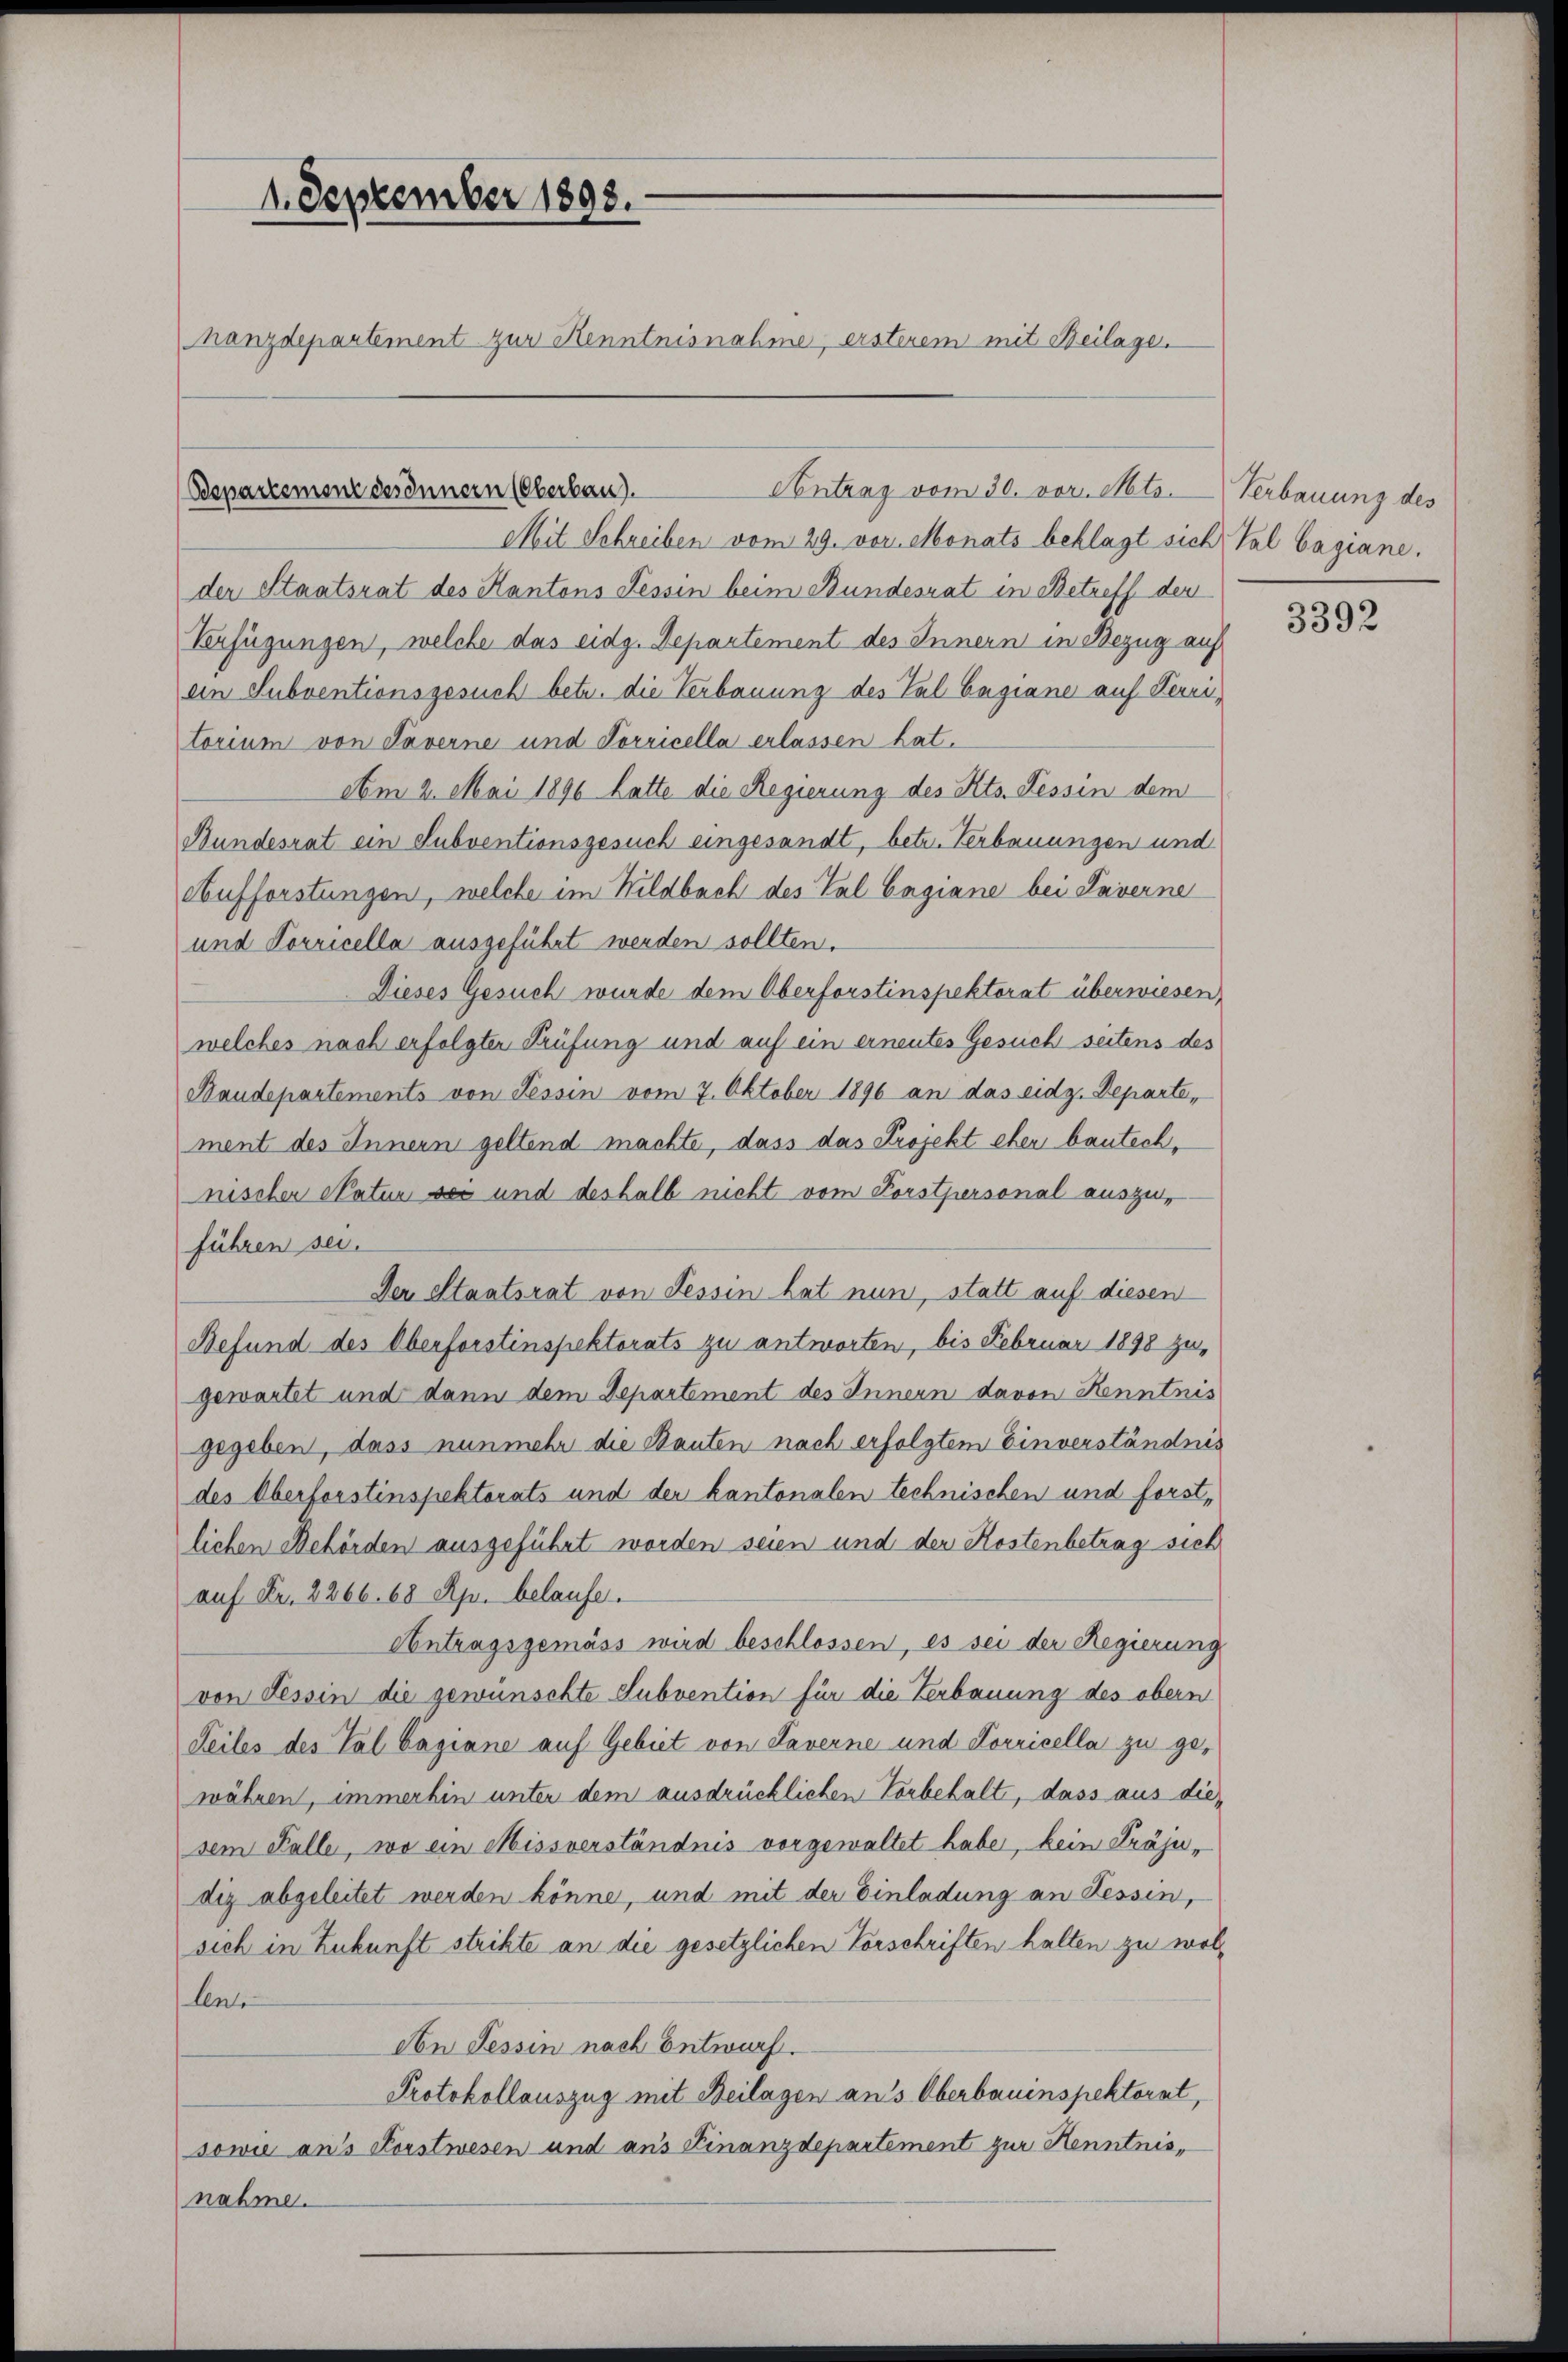
1. September 1893.
hanzdepartement zur Kenntnisnahme, ersterem mit Beilage.

Mit Schreiben vom 29. vor. Monats beklagt sich Tal bagiane.
der Staatsrat des Kantons Tessin beim Bundesrat in Betreff den
Verfügungen, welche das eidg. Departement des Innern in Bezug auf
ein Subventionsgesuch betr. die Verbauung des Tal Cagiane auf Territorium von Taverne und Porricella erlassen hat.
Am 2. Mai 1896 Latte die Regierung des Kts. Tessin dem
Bundesrat ein Subventionsgesuch eingesandt, betr. Verbauungen und
Aufforstungen, welche im Wildbach des Val Cagiane bei Taverne
und Porricella ausgeführt werden sollten.
Dieses Gesuch wurde dem Oberforstinspektorat überwiesen,
welches nach erfolgter Prüfung und auf ein erneutes Gesuch seitens des
Baudepartements von Tessin vom 7. Oktober 1896 an das eidg. Departe,
ment des Innern geltend machte, dass das Projekt eher bautechnischer Natur sei und deshalb nicht vom Forstpersonal auszu-
führen sei.
Der Staatsrat von Tessin hat nun, statt auf diesen
Befund des Oberforstinspektorats zu antworten, bis Februar 1898 zu,
gewartet und dann dem Departement des Innern davon Kenntnis
gegeben, dass nunmehr die Bauten nach erfolgtem Einverständnis
des Oberforstinspektorats und der kantonalen technischen und forst,
lichen Behörden ausgeführt worden seien und der Kostenbetrag sich
auf Fr. 2266. 68 Apr. belaufe.
Antragsgemäss wird beschlossen, es sei der Regierung
von Tessin die gewünschte Subvention für die Verbauung des obern
Seiles des Tal Cagiane auf Gebiet von Taverne und Korricella zu gewähren, immerhin unter dem ausdrücklichen Vorbehalt, dass aus diesem Falle, wo ein Missverständnis vorgewaltet habe, kein Präju-
diz abgeleitet werden könne, und mit der Einladung an Tessin,
sich in Zukunft strikte an die gesetzlichen Vorschriften halten zu wollente
An Tessin nach Entwurf.
Protokollauszug mit Beilagen aus Oberbauinspektorat,
sowie ans Forstwesen und aus Finanzdepartement zur Henntnisnahme.

Bepartemone des Innern (Oberbau).

Antrag vom 30. vor. Mts.

Verbauung des

3392